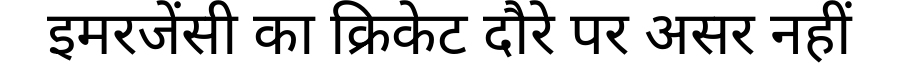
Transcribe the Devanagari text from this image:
इमरजेंसी का क्रिकेट दौरे पर असर नहीं